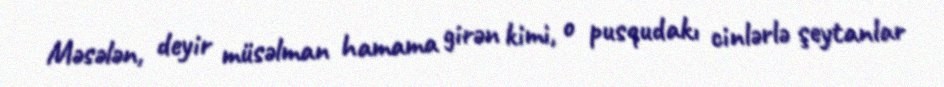
Məsələn, deyir müsəlman hamama girən kimi, o pusqudakı cinlərlə şeytanlar